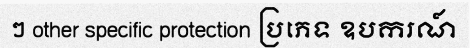
ៗ other specific protection ប្រភេទ ឧបករណ៍